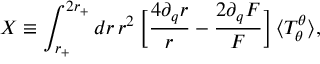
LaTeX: X \equiv \int _ { r _ { + } } ^ { 2 r _ { + } } d r \, r ^ { 2 } \: \biggl [ \frac { 4 \partial _ { q } r } { r } - \frac { 2 \partial _ { q } F } { F } \biggr ] \, \langle T _ { \theta } ^ { \theta } \rangle ,